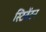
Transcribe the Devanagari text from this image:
स्टिवेंटन